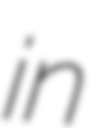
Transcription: in